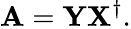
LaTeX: {\mathbf A}={\mathbf Y}{\mathbf X}^{\dagger}.